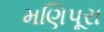
મણિપૂરા